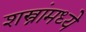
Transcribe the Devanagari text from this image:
शस्त्रांमध्ये